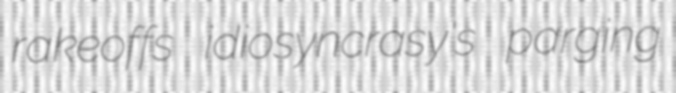
rakeoffs idiosyncrasy's parging